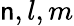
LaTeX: \mathsf{n},l,m